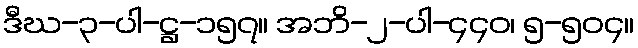
ဒီဃ-၃-ပါ-ဋ္ဌ-၁၅၇။ အဘိ-၂-ပါ-၄၄၀၊ ၅-၅၀၄။